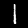
Label: 1